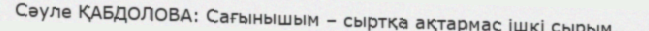
Сәуле ҚАБДОЛОВА: Сағынышым – сыртқа ақтармас ішкі сырым...